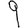
Digit: 9